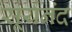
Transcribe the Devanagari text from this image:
सूर्यनंद